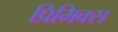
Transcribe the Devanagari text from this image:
प्रिमिक्स